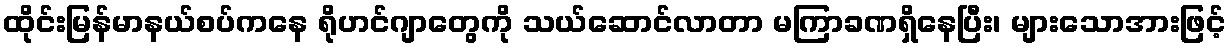
ထိုင်းမြန်မာနယ်စပ်ကနေ ရိုဟင်ဂျာတွေကို သယ်ဆောင်လာတာ မကြာခဏရှိနေပြီး၊ များသောအားဖြင့်